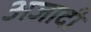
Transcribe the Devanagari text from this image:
अजादी